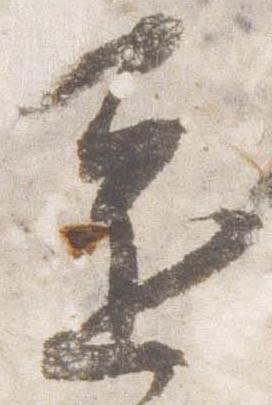
還